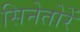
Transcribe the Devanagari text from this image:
सिनेतोरें